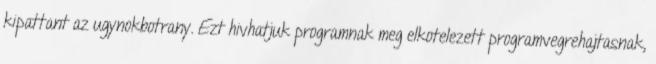
kipattant az ugynokbotrany. Ezt hivhatjuk programnak meg elkotelezett programvegrehajtasnak,